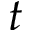
t